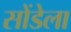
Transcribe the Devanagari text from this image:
सोंडेला